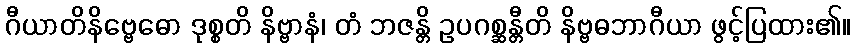
ဂီယာတိနိဗ္ဗေဓော ဒုစ္စတိ နိဗ္ဗာနံ၊ တံ ဘဇန္တိ ဥပဂစ္ဆန္တီတိ နိဗ္ဗဓဘာဂီယာ ဖွင့်ပြထား၏။